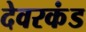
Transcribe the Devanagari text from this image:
देवरकंंड